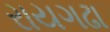
રાયગઢા